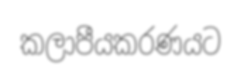
කලාපීයකරණයට